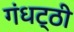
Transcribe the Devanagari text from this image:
गंधट्ठी